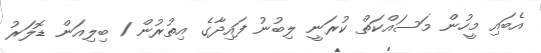
އެބައި މީހުން މަސައްކަތް ކުރަނީ ލިބުނު ފައިދާގެ އިތުރުން 1 ބިލިއަން ޑޮލަރު